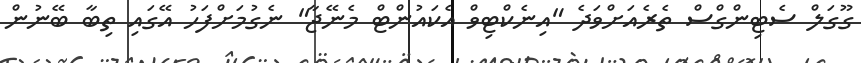
ގޫގަލް ސެޓިންގްސް ތެރެއަށްވަދެ "އިނެކްޓިވް އެކައުންޓް މެނޭޖާ" ނެގުމަށްފަހު އޭގައި ތިބާ ބޭނުން